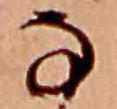
な